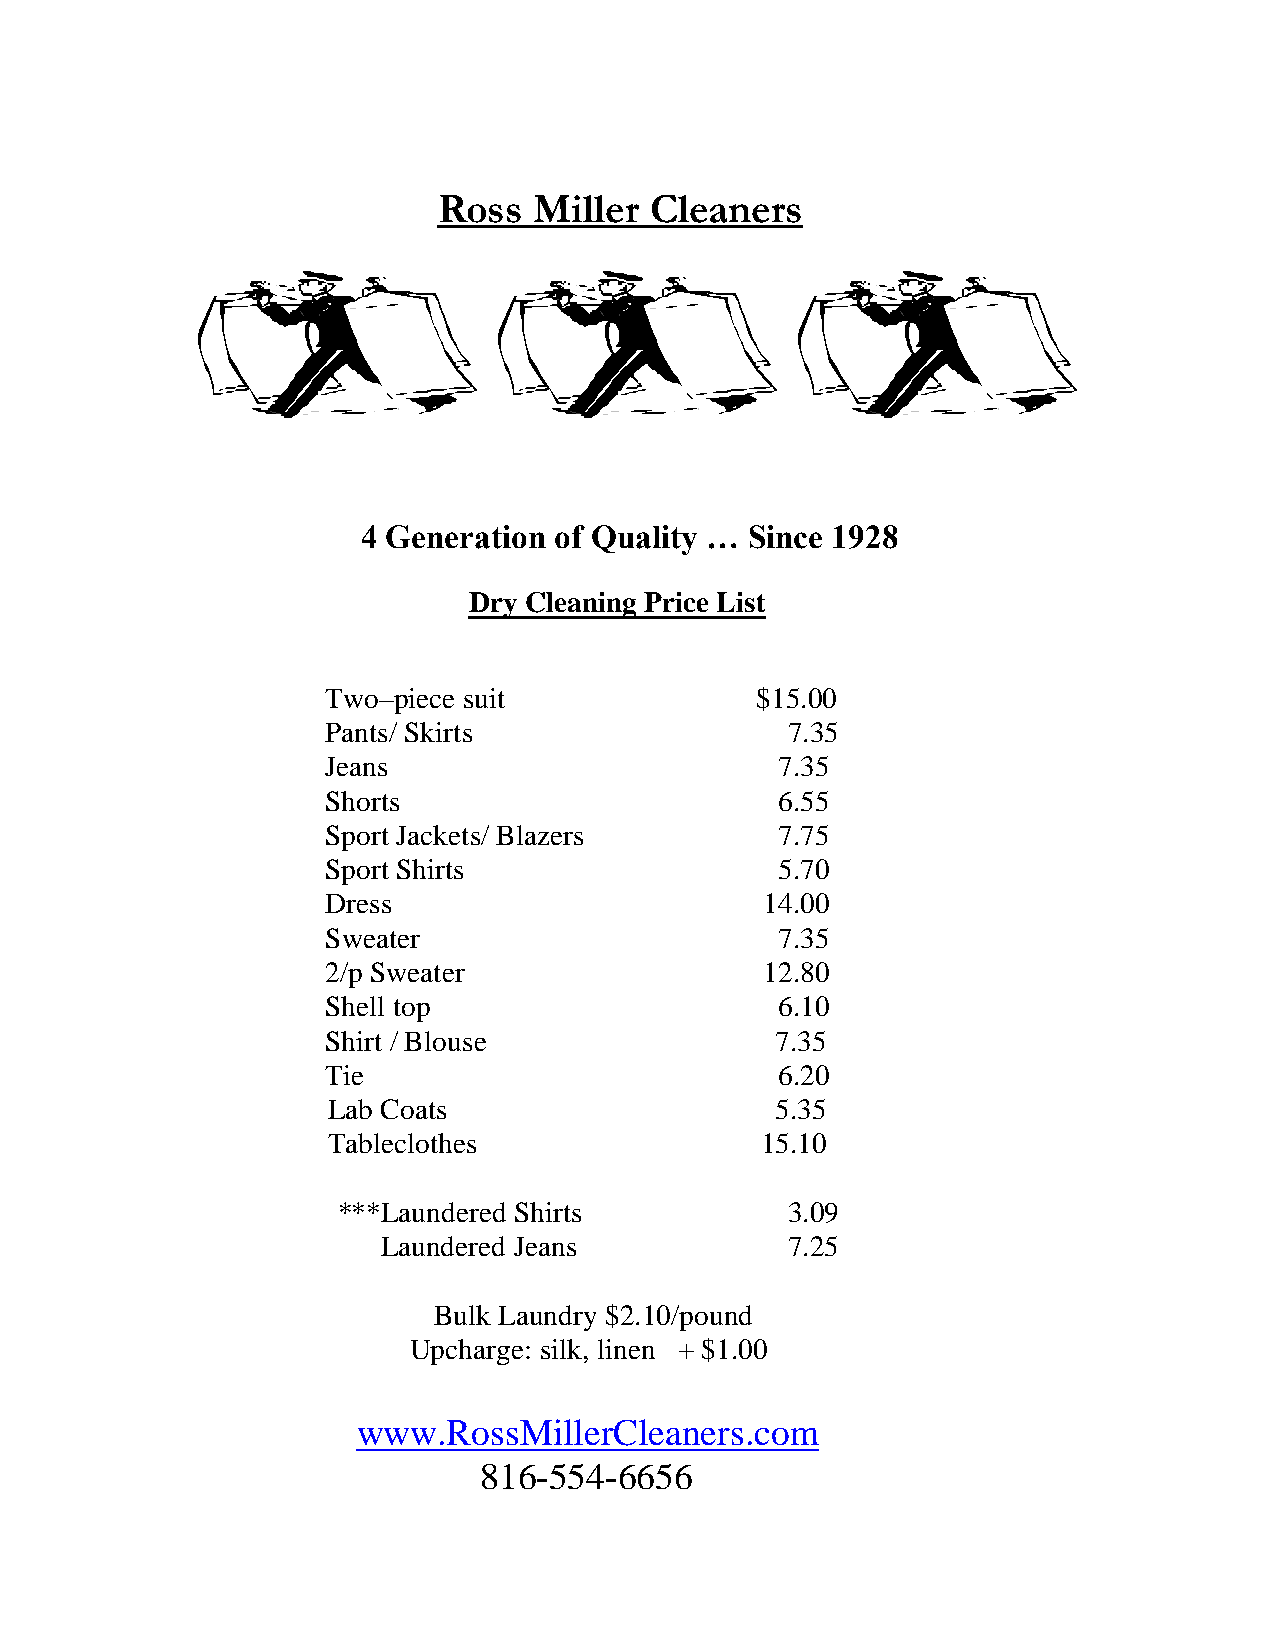
Ross  Miller  Cleaners
 4 Generation of Quality … Since 1928
 Dry Cleaning Price List
 Two–piece suit              $15.00
 Pants/ Skirts                 7.35
 Jeans                         7.35
 Shorts                        6.55
 Sport Jackets/ Blazers        7.75
 Sport Shirts                  5.70
 Dress                        14.00
 Sweater                       7.35
 2/p Sweater                  12.80
 Shell top                     6.10
 Shirt / Blouse               7.35
 Tie                           6.20
 Lab Coats                    5.35
 Tableclothes                15.10
 ***Laundered Shirts           3.09
 Laundered Jeans            7.25
 Bulk Laundry $2.10/pound
 Upcharge: silk, linen + $1.00
 www.RossMillerCleaners.com
 816-554-6656